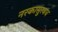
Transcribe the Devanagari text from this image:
नरकासुरवध